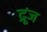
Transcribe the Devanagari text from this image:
द्रूज